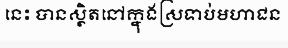
នេះ បានស្ថិតនៅក្នុងស្រទាប់មហាជន